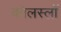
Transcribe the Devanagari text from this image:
कोलस्लॉ